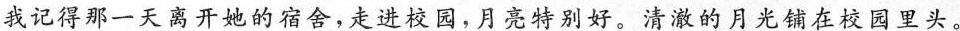
我记得那一天离开她的宿舍，走进校园，月亮特别好。清澈的月光铺在校园里头。